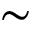
\sim